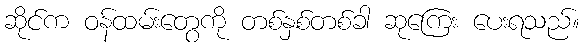
ဆိုင်က ဝန်ထမ်းတွေကို တစ်နှစ်တစ်ခါ ဆုကြေး ပေးရသည်။